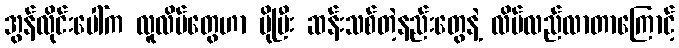
အွန်လိုင်းပေါ်က လူလိမ်တွေဟာ ပိုပြီး ဆန်းသစ်တဲ့နည်းတွေနဲ့ လိမ်လည်လာတာကြောင့်